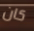
كان